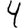
Digit: 4